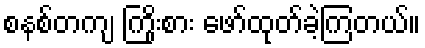
စနစ်တကျ ကြိုးစား ဖော်ထုတ်ခဲ့ကြတယ်။